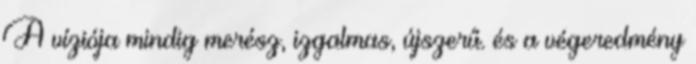
A víziója mindig merész, izgalmas, újszerű. és a végeredmény